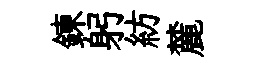
鍊躬紡麓